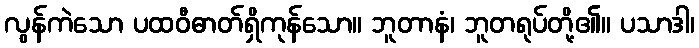
လွန်ကဲသော ပထဝီဓာတ်ရှိကုန်သော။ ဘူတာနံ၊ ဘူတရုပ်တို့၏။ ပသာဒါ၊